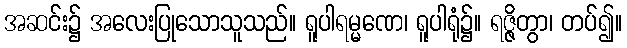
အဆင်း၌ အလေးပြုသောသူသည်။ ရူပါရမ္မဏေ၊ ရူပါရုံ၌။ ရဇ္ဇိတွာ၊ တပ်၍။